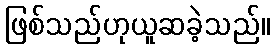
ဖြစ်သည်ဟုယူဆခဲ့သည်။